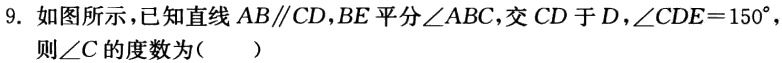
9. 如图所示，已知直线\(AB\parallel CD\)，\(BE\)平分\(\angle ABC\)，交\(CD\)于\(D\)，\(\angle CDE = 150^{\circ}\)，则\(\angle C\)的度数为（  ）